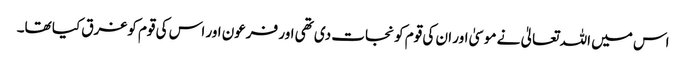
اس میں اللہ تعالیٰ نے موسیٰ اور ان کی قوم کو نجات دی تھی اور فرعون اور اس کی قوم کوغرق کیا تھا۔